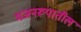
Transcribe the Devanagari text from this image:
भजनरूपातील